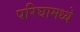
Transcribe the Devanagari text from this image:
परिघामध्ये